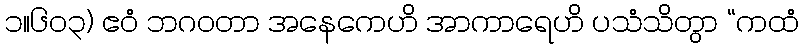
၁။၆၀၃) ဧဝံ ဘဂဝတာ အနေကေဟိ အာကာရေဟိ ပသံသိတွာ “ကထံ